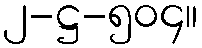
၂-ဋ္ဌ-၅၀၄။